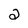
Character: 2